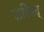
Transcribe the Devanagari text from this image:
पारिषद्